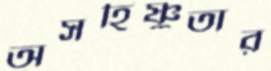
অসহিষ্ণুতার